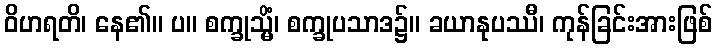
ဝိဟရတိ၊ နေ၏။ ပ။ စက္ခုသ္မိံ၊ စက္ခုပသာဒ၌။ ခယာနုပဿီ၊ ကုန်ခြင်းအားဖြစ်